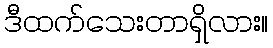
ဒီထက်သေးတာရှိလား။